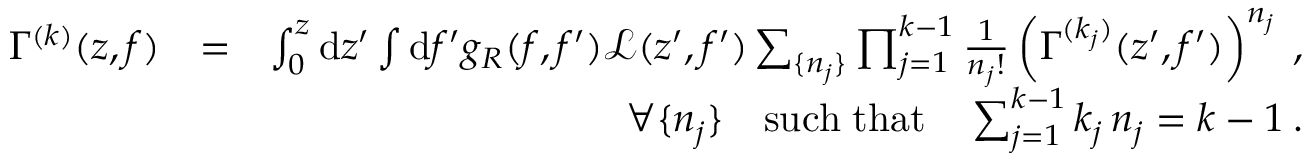
\begin{array} { r l r } { \Gamma ^ { ( k ) } ( z , f ) } & { = } & { \int _ { 0 } ^ { z } \mathrm { d } z ^ { \prime } \int \mathrm { d } f ^ { \prime } g _ { R } ( f , f ^ { \prime } ) \mathcal { L } ( z ^ { \prime } , f ^ { \prime } ) \sum _ { \{ n _ { j } \} } \prod _ { j = 1 } ^ { k - 1 } \frac { 1 } { n _ { j } ! } \left( \Gamma ^ { ( k _ { j } ) } ( z ^ { \prime } , f ^ { \prime } ) \right) ^ { n _ { j } } \: , } \\ & { } & { \forall \{ n _ { j } \} \quad \mathrm { s u c h \; t h a t } \quad \sum _ { j = 1 } ^ { k - 1 } k _ { j } \, n _ { j } = k - 1 \: . } \end{array}